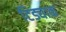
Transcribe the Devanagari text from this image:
टिड्याक